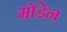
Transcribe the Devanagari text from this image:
मोडेन